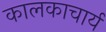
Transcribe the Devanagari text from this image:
कालकाचार्य